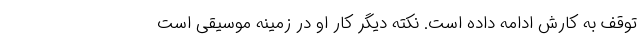
توقف به کارش ادامه داده است. نکته دیگر کار او در زمینه موسیقی است